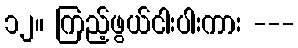
၁၂။ ကြည့်ဖွယ်ငါးပါးကား ---